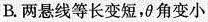
B. 两悬线等长变短，θ角变小